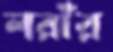
লরাঁর